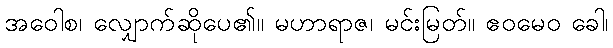
အဝေါစ၊ လျှောက်ဆိုပေ၏။ မဟာရာဇ၊ မင်းမြတ်။ ဧဝမေဝ ခေါ၊